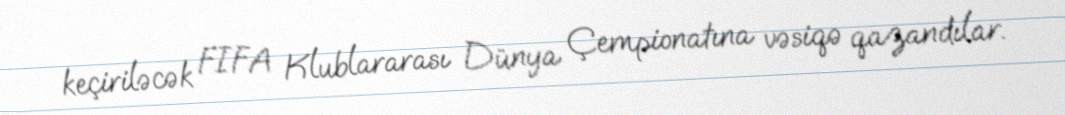
keçiriləcək FIFA Klublararası Dünya Çempionatına vəsiqə qazandılar.